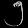
Digit: ၅